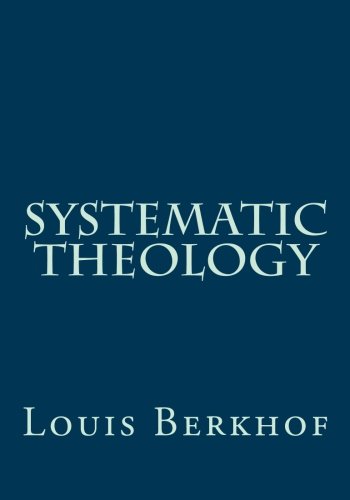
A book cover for Systematic Theology; Louis Berkhof; Christian Books & Bibles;